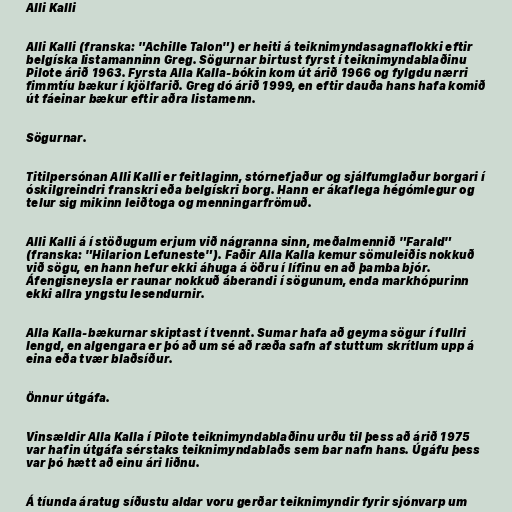
Alli Kalli

Alli Kalli (franska: "Achille Talon") er heiti á teiknimyndasagnaflokki eftir
belgíska listamanninn Greg. Sögurnar birtust fyrst í teiknimyndablaðinu
Pilote árið 1963. Fyrsta Alla Kalla-bókin kom út árið 1966 og fylgdu nærri
fimmtíu bækur í kjölfarið. Greg dó árið 1999, en eftir dauða hans hafa komið
út fáeinar bækur eftir aðra listamenn.

Sögurnar.

Titilpersónan Alli Kalli er feitlaginn, stórnefjaður og sjálfumglaður borgari í
óskilgreindri franskri eða belgískri borg. Hann er ákaflega hégómlegur og
telur sig mikinn leiðtoga og menningarfrömuð.

Alli Kalli á í stöðugum erjum við nágranna sinn, meðalmennið "Farald"
(franska: "Hilarion Lefuneste"). Faðir Alla Kalla kemur sömuleiðis nokkuð
við sögu, en hann hefur ekki áhuga á öðru í lífinu en að þamba bjór.
Áfengisneysla er raunar nokkuð áberandi í sögunum, enda markhópurinn
ekki allra yngstu lesendurnir.

Alla Kalla-bækurnar skiptast í tvennt. Sumar hafa að geyma sögur í fullri
lengd, en algengara er þó að um sé að ræða safn af stuttum skrítlum upp á
eina eða tvær blaðsíður.

Önnur útgáfa.

Vinsældir Alla Kalla í Pilote teiknimyndablaðinu urðu til þess að árið 1975
var hafin útgáfa sérstaks teiknimyndablaðs sem bar nafn hans. Úgáfu þess
var þó hætt að einu ári liðnu.

Á tíunda áratug síðustu aldar voru gerðar teiknimyndir fyrir sjónvarp um